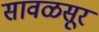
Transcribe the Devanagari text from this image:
सावळसूर